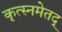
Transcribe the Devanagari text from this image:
कृत्स्नमेतद्